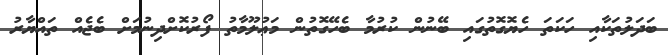
ބަދަލުތަކާއި ހަކަތަ ހެޔޮގޮތުގައި ބޭނުން ކުރުމާ ބެހޭގޮތުން މަޢުލޫމާތު ފޯރުކޮށްދިނުމަށް ބެޖެއް ތައްޔާރު